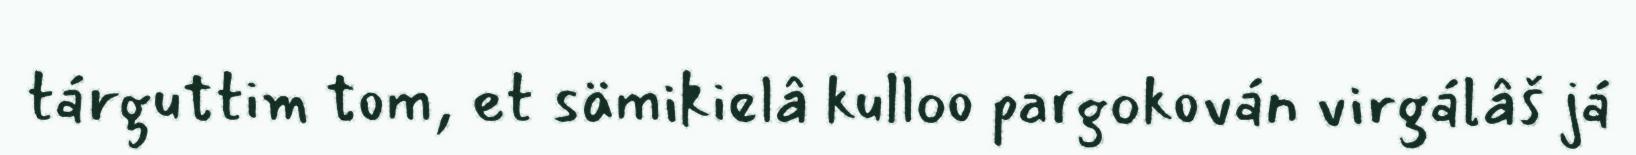
tárguttim tom, et sämikielâ kulloo pargokován virgálâš já